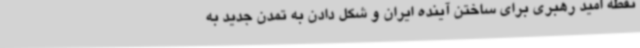
نقطه امید رهبری برای ساختن آینده ایران و شکل دادن به تمدن جدید به